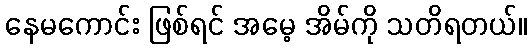
နေမကောင်း ဖြစ်ရင် အမေ့ အိမ်ကို သတိရတယ်။